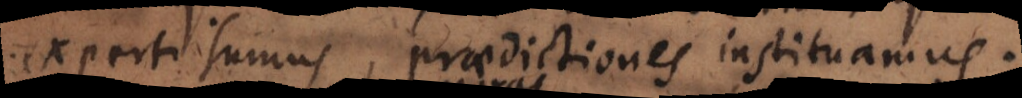
experti sumus, praedictiones instituamus.